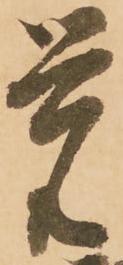
覚